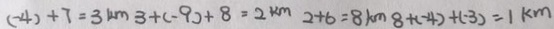
( - 4 ) + 7 = 3 k m 3 + ( - 9 ) + 8 = 2 k m 2 + 6 = 8 k m 8 + ( - 4 ) + ( - 3 ) = 1 k m